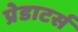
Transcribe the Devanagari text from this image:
प्रेडाटर्स